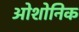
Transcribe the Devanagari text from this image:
ओशोनिक